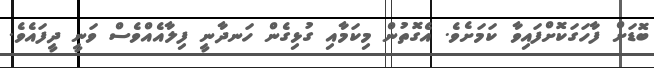
ބޮޑަށް ފާހަގަކޮށްފައިވާ ކަަމަށެވެ. އެގޮތުން މިކަމާއި ގުޅިގެން ހަނދާނީ ފިލާއެއްވެސް ވަނީ ދީފައެވެ.